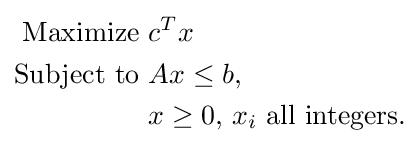
{\begin{aligned}{\text{Maximize  }}&c^{T}x\\{\text{Subject to  }}&Ax\leq b,\\&x\geq 0,\,x_{i}{\text{ all integers}}.\end{aligned}}